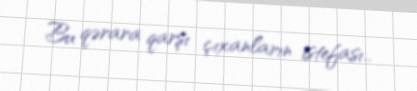
Bu qərara qarşı çıxanların istefası..